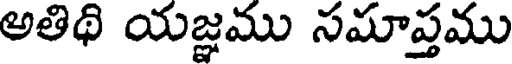
అతిథి యజ్ఞము సమాప్తము